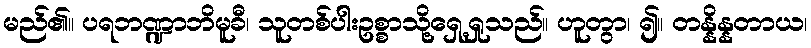
မည်၏။ ပရဘဏ္ဍာဘိမူခီ၊ သူတစ်ပါးဥစ္စာသို့ရှေ့ရှုသည်။ ဟူတွာ၊ ၍။ တန္နိန္နတာယ၊